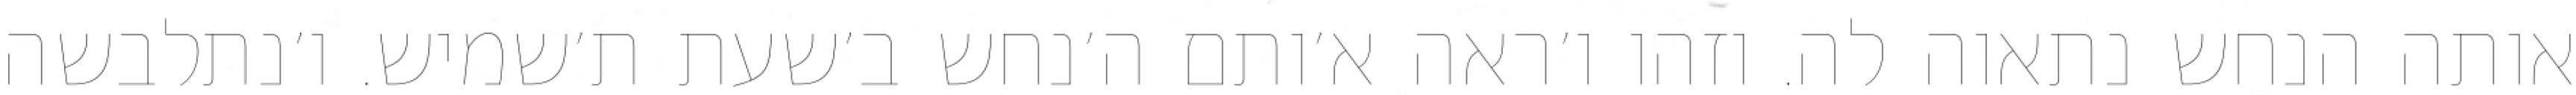
אותה הנחש נתאוה לה. וזהו ו׳ראה א׳ותם ה׳נחש ב׳שעת ת׳שמיש. ו׳נתלבשה